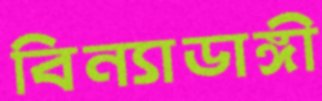
বিন্যাডাঙ্গী